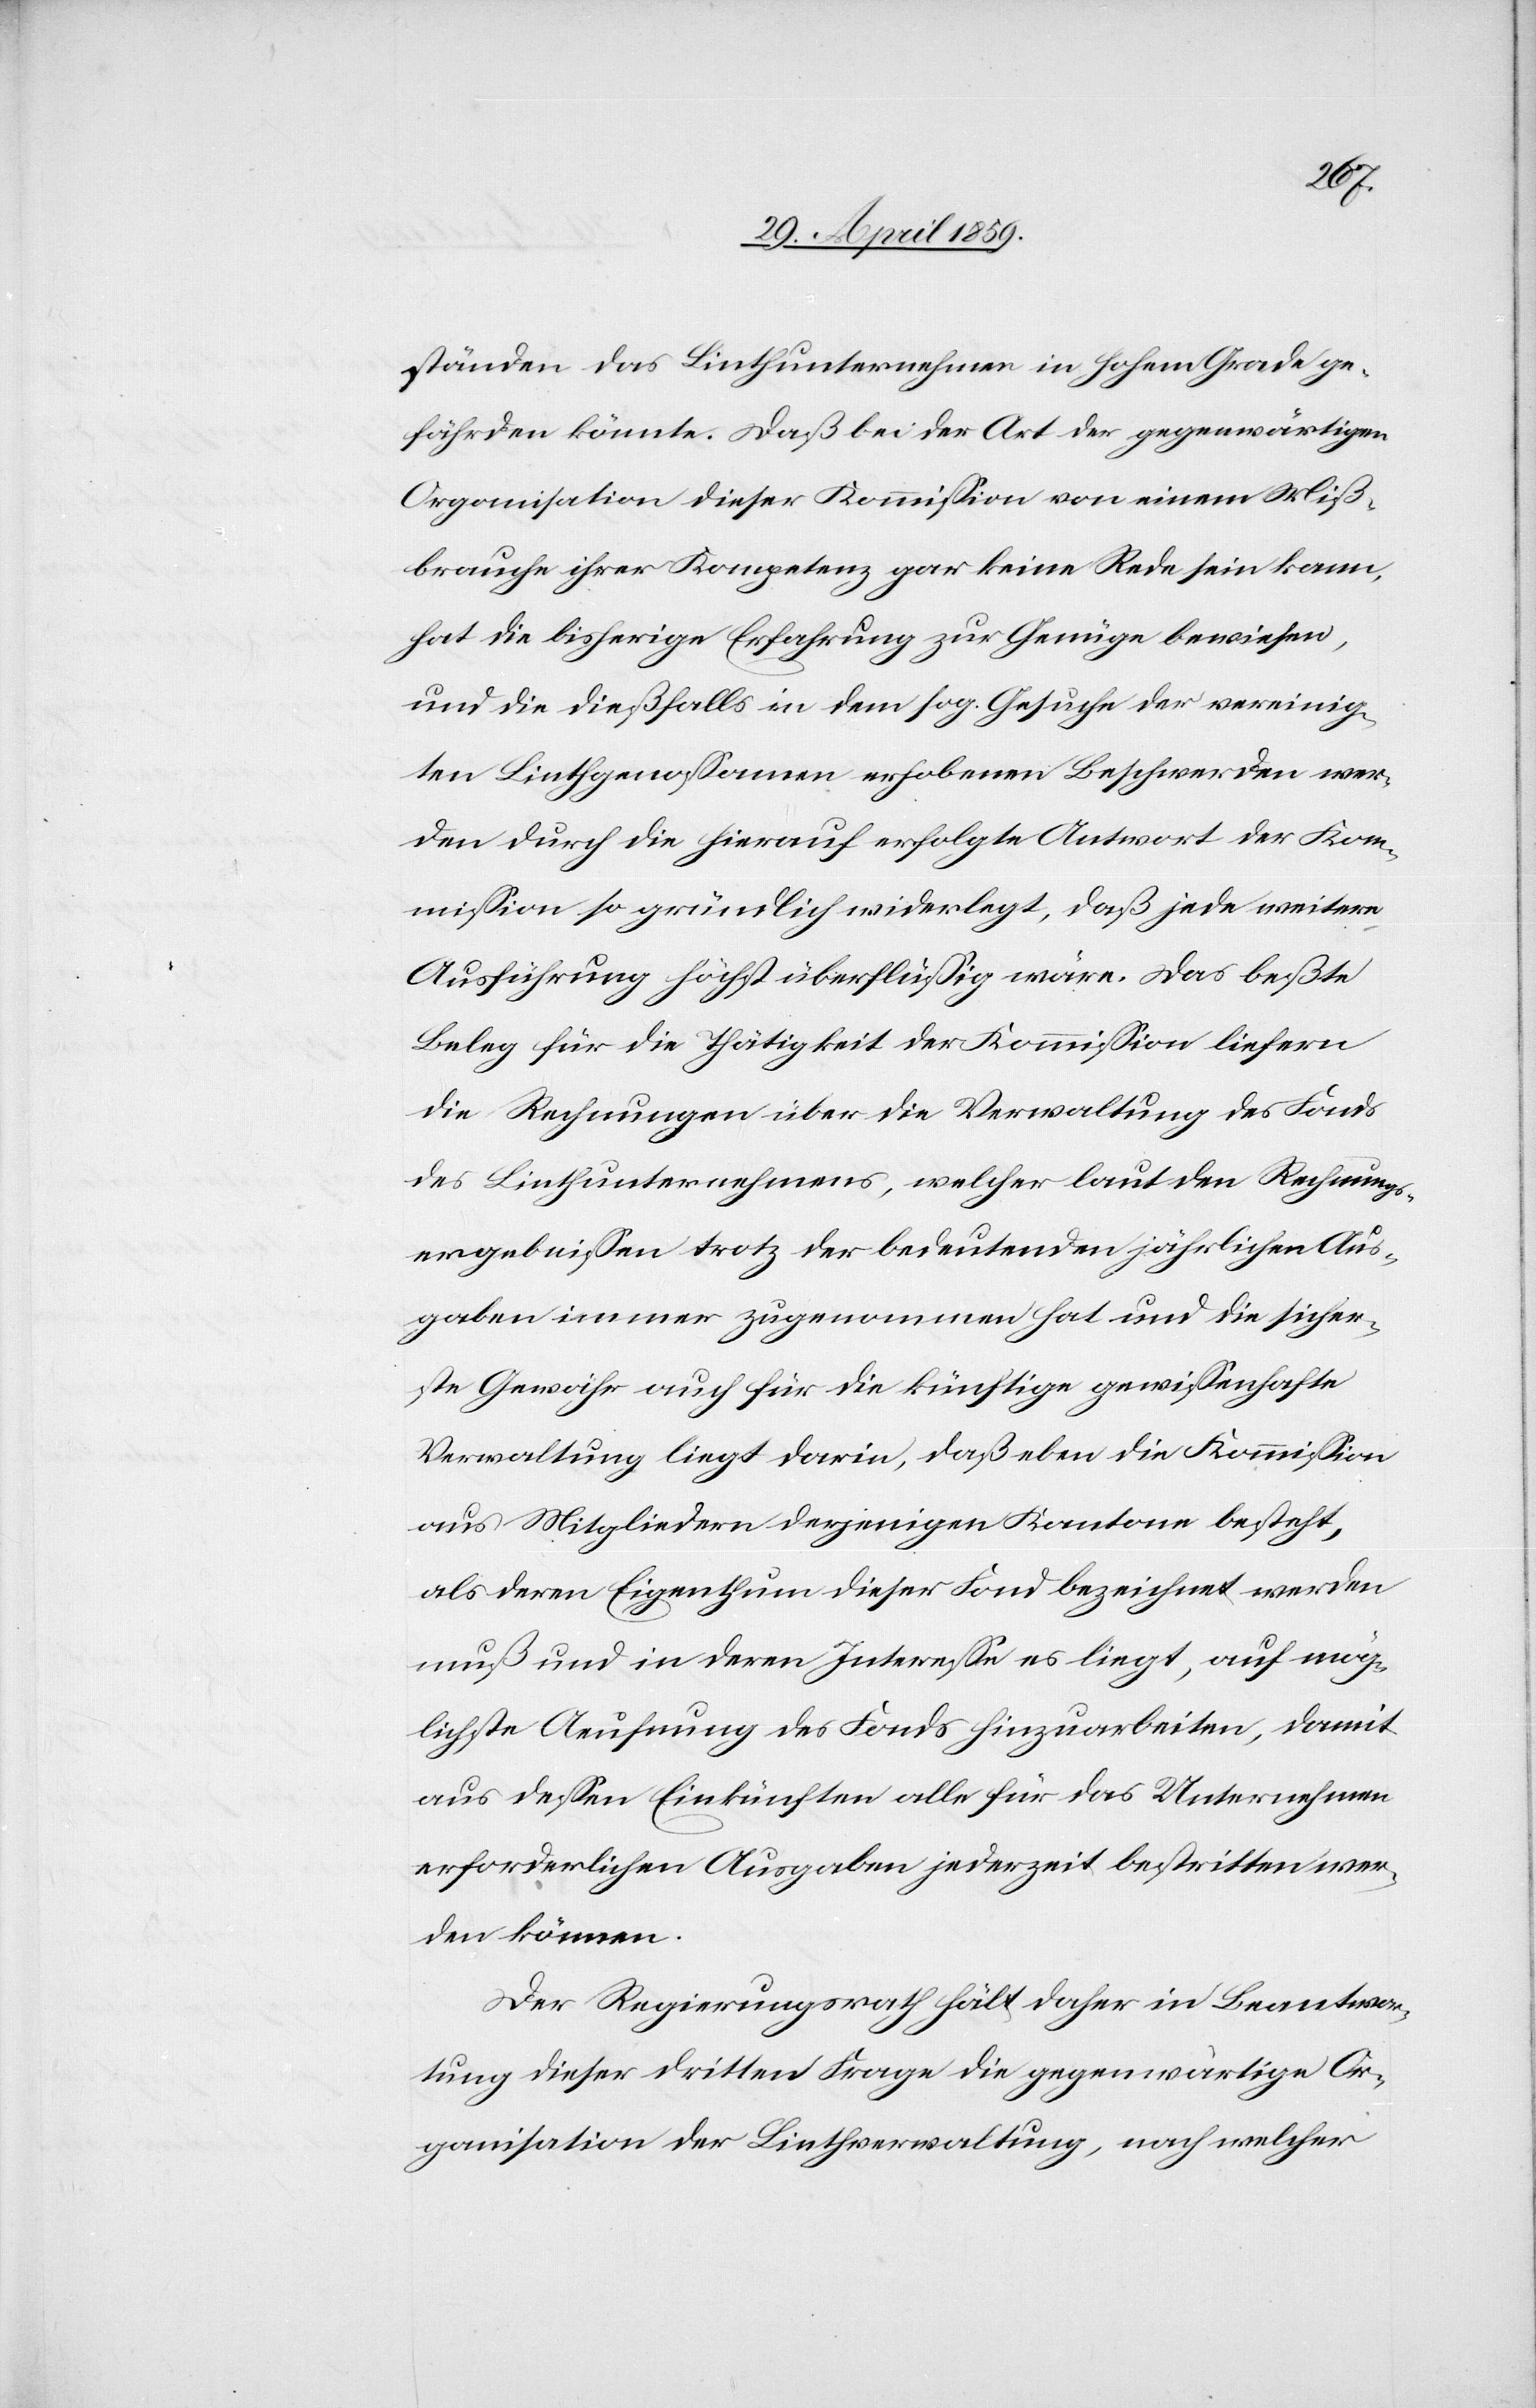
ständen das Linthunternehmen in hohem Grade ge¬
fährden könnte. Daß bei der Art der gegenwärtigen
Organisation dieser Kommißion von einem Miß¬
brauche ihrer Kompetenz gar keine Rede sein kann,
hat die bisherige Erfahrung zur Genüge bewiesen,
und die dießfalls in dem sog. Gesuche der vereinig¬
ten Linthgenoßamen erhobenen Beschwerden wer¬
den durch die hierauf erfolgte Antwort der Kom¬
mißion so gründlich widerlegt, daß jede weitere
Ausführung höchst überflüßig wäre. Das beßte
Beleg für die Thätigkeit der Kommißion liefern
die Rechnungen über die Verwaltung des Fonds
des Linthunternehmens, welcher laut den Rechnungs¬
ergebnißen trotz der bedeutenden jährlichen Aus¬
gaben immer zugenommen hat und die sicher¬
ste Gewähr auch für die künftige gewißenhafte
Verwaltung liegt darin, daß eben die Kommißion
aus Mitgliedern derjenigen Kantone besteht,
als deren Eigenthum dieser Fond bezeichnet werden
muß und in deren Intereße es liegt, auf mög¬
lichste Aeufnung des Fonds hinzuarbeiten, damit
aus deßen Einkünften alle für das Unternehmen
erforderlichen Ausgaben jederzeit bestritten wer¬
den können.
Der Regierungsrath hält daher in Beantwor¬
tung dieser dritten Frage die gegenwärtige Or¬
ganisation der Linthverwaltung, nach welcher